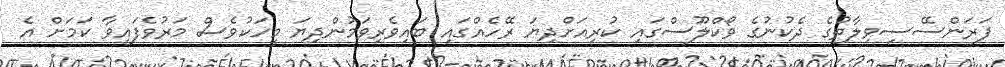
ފަރަންސޭސިވިލާތުގެ ދެކުނުގެ ވޯކްލޫސްގައި ކުރިއަށްދިޔަ ރޭހެއްގައި ބައިވެރިވަމުންދިޔަ މީހަކުވެސް މަރުވެފައިވާ ކަމަށް އެ